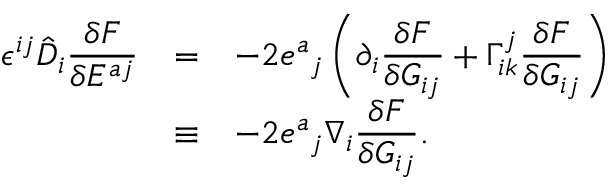
\everymath { \displaystyle } \begin{array} { r c l } { { \epsilon ^ { i j } \hat { D } _ { i } \frac { \delta F } { \delta E ^ { a j } } } } & { { = } } & { { - 2 { e ^ { a } } _ { j } \left( \partial _ { i } \frac { \delta F } { \delta G _ { i j } } + \Gamma _ { i k } ^ { j } \frac { \delta F } { \delta G _ { i j } } \right) } } \\ { { } } & { { \equiv } } & { { - 2 { e ^ { a } } _ { j } \nabla _ { i } \frac { \delta F } { \delta G _ { i j } } . } } \end{array}